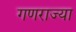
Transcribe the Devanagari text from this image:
गणराज्या